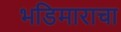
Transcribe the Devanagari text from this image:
भडिमाराचा